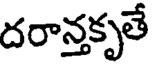
దరాన్తకృతే